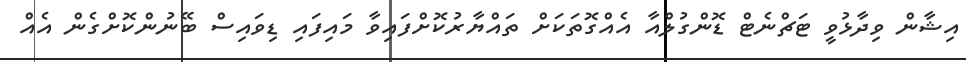
އިޝާން ވިދާޅުވީ ޓަޗްނެޓް ޑޮންގުލްއާ އެއްގޮތަކަށް ތައްޔާރުކޮށްފައިވާ މަައިފައި ޑިވައިސް ބޭނުންކޮށްގެން އެއް